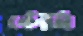
কৌমি